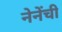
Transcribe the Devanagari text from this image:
नेनेंची